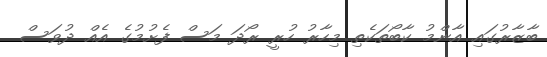
ބާޒާރުގައި އާންމު ކާބޯތަކެތި މިހާރު ހުރީ ރޯދަ މަސް ފެށުމުގެ އެއް ދުވަސް